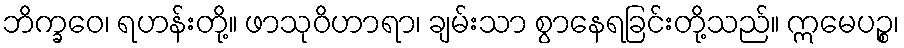
ဘိက္ခဝေ၊ ရဟန်းတို့။ ဖာသုဝိဟာရာ၊ ချမ်းသာ စွာနေရခြင်းတို့သည်။ ဣမေပဉ္စ၊